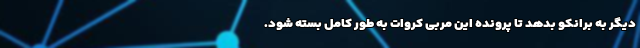
دیگر به برانکو بدهد تا پرونده این مربی کروات به طور کامل بسته شود.